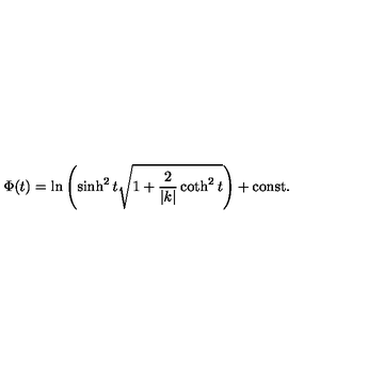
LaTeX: \Phi ( t ) = \ln \left( \sinh ^ { 2 } t \sqrt { 1 + \frac { 2 } { | k | } \coth ^ { 2 } t } \right) + \mathrm { c o n s t . }